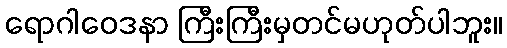
ရောဂါဝေဒနာ ကြီးကြီးမှတင်မဟုတ်ပါဘူး။